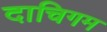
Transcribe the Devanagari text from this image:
दाचिगम